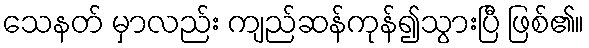
သေနတ် မှာလည်း ကျည်ဆန်ကုန်၍သွားပြီ ဖြစ်၏။